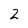
Character: 2